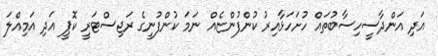
އަދި އަންދާސީހިސާބުތައް ހުށަހަޅާއިރު ކުންފުންޏެއް ނަމަ ކުންފުނީގެ ރަޖިސްޓަރީ ކޮޕީ އަދި އަމިއްލަ